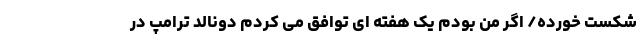
شکست خورده/ اگر من بودم یک هفته ای توافق می کردم دونالد ترامپ در